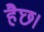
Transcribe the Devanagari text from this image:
हैछ।